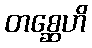
တစ္ဆေဟိ